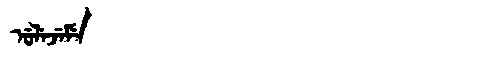
Manchu: ᡠᠯᡝᠵᡝᠮᡝ
Romanization: ULEJEME